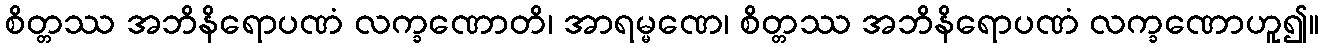
စိတ္တဿ အဘိနိရောပဏံ လက္ခဏောတိ၊ အာရမ္မဏေ၊ စိတ္တဿ အဘိနိရောပဏံ လက္ခဏောဟူ၍။